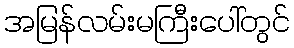
အမြန်လမ်းမကြီးပေါ်တွင်